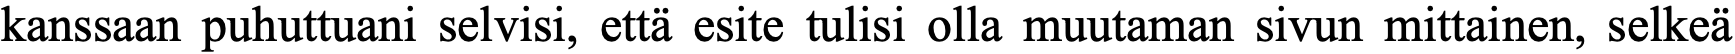
kanssaan puhuttuani selvisi, että esite tulisi olla muutaman sivun mittainen, selkeä